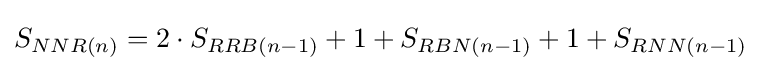
S_{NNR(n)}=2\cdot S_{RRB(n-1)}+1+S_{RBN(n-1)}+1+S_{RNN(n-1)}